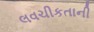
લવચીકતાની